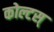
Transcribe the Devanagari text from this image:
कोल्टस्